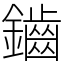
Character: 鑡